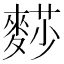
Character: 𪍋